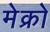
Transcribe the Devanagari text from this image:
मेक्रो